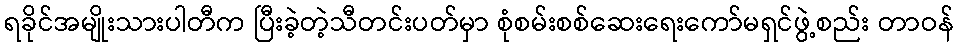
ရခိုင်အမျိုးသားပါတီက ပြီးခဲ့တဲ့သီတင်းပတ်မှာ စုံစမ်းစစ်ဆေးရေးကော်မရှင်ဖွဲ့စည်း တာဝန်